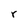
Character: r